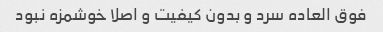
فوق العاده سرد و بدون کیفیت و اصلا خوشمزه نبود